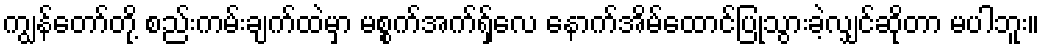
ကျွန်တော်တို့ စည်းကမ်းချက်ထဲမှာ မစ္စက်အက်ရှ်လေ နောက်အိမ်ထောင်ပြုသွားခဲ့လျှင်ဆိုတာ မပါဘူး။